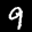
Label: 9